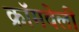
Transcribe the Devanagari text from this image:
क्रॉमवेली